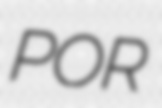
POR